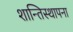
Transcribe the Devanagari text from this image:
शान्तिस्थापना